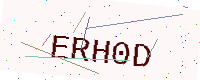
Text: ERH0D